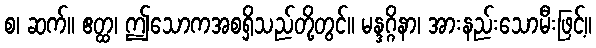
စ၊ ဆက်။ ဧတ္ထ၊ ဤသောကအစရှိသည်တို့တွင်။ မန္ဒဂ္ဂိနာ၊ အားနည်းသောမီးဖြင့်။